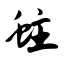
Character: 蛀